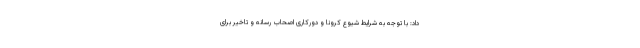
داد: با توجه به شرایط شیوع کرونا و دورکاری اصحاب رسانه و تاخیر برای